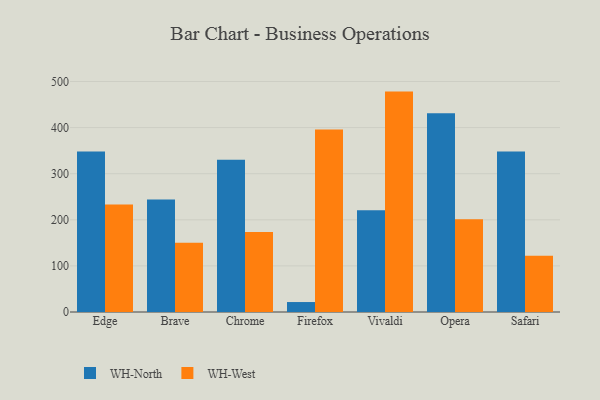
{"axis": {"x": "Browser", "y": "Latency (ms)"}, "legend": ["WH-North", "WH-West"], "data": [{"x": "Edge", "y": 348.4, "type": "WH-North"}, {"x": "Edge", "y": 233.1, "type": "WH-West"}, {"x": "Brave", "y": 243.8, "type": "WH-North"}, {"x": "Brave", "y": 150.4, "type": "WH-West"}, {"x": "Chrome", "y": 330.0, "type": "WH-North"}, {"x": "Chrome", "y": 173.6, "type": "WH-West"}, {"x": "Firefox", "y": 21.6, "type": "WH-North"}, {"x": "Firefox", "y": 395.8, "type": "WH-West"}, {"x": "Vivaldi", "y": 220.5, "type": "WH-North"}, {"x": "Vivaldi", "y": 478.1, "type": "WH-West"}, {"x": "Opera", "y": 431.0, "type": "WH-North"}, {"x": "Opera", "y": 201.4, "type": "WH-West"}, {"x": "Safari", "y": 347.9, "type": "WH-North"}, {"x": "Safari", "y": 122.2, "type": "WH-West"}]}